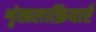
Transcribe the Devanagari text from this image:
शृंखलाक्रियाएँ